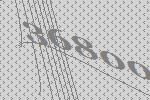
36800